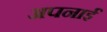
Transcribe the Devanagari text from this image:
अपनाईं